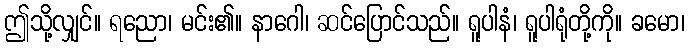
ဤသို့လျှင်။ ရညော၊ မင်း၏။ နာဂေါ၊ ဆင်ပြောင်သည်။ ရူပါနံ၊ ရူပါရုံတို့ကို။ ခမော၊